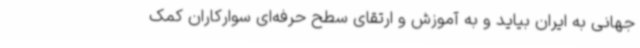
جهانی به ایران بیاید و به آموزش و ارتقای سطح حرفه‌ای سوارکاران کمک